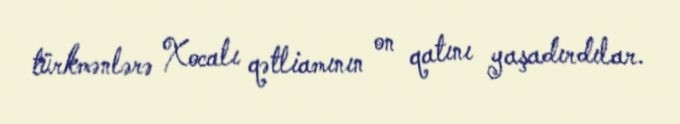
türkmənlərə Xocalı qətliamının on qatını yaşadırdılar.